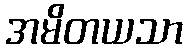
အမိတယသာ